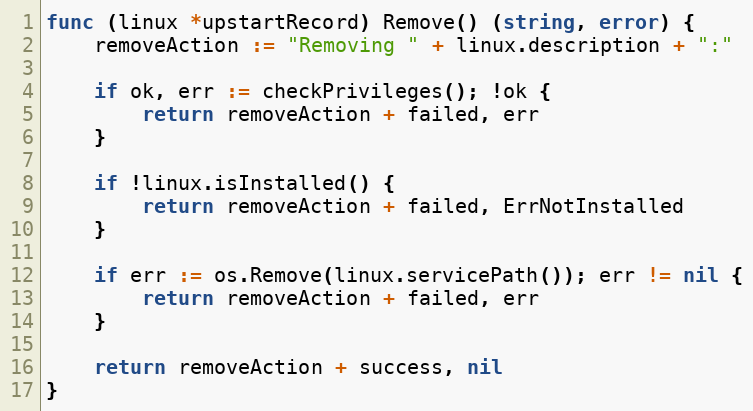
Language: Go
func (linux *upstartRecord) Remove() (string, error) {
	removeAction := "Removing " + linux.description + ":"

	if ok, err := checkPrivileges(); !ok {
		return removeAction + failed, err
	}

	if !linux.isInstalled() {
		return removeAction + failed, ErrNotInstalled
	}

	if err := os.Remove(linux.servicePath()); err != nil {
		return removeAction + failed, err
	}

	return removeAction + success, nil
}